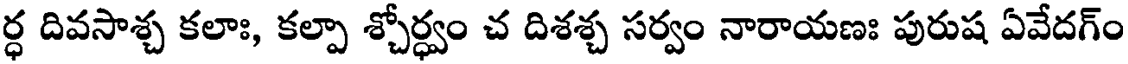
ర్ధ దివసాశ్చ కలాః, కల్పా శ్చోర్ధ్వం చ దిశశ్చ సర్వం నారాయణః పురుష ఏవేదగ్ం